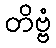
တိဗ္ဗံ